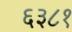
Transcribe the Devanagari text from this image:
६३८१